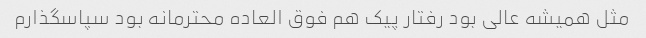
مثل همیشه عالی بود رفتار پیک هم فوق العاده محترمانه بود سپاسگذارم